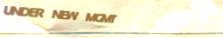
UNDER NEW MGMT